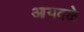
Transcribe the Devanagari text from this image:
आयवळे